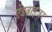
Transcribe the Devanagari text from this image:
ऐडवाइजर